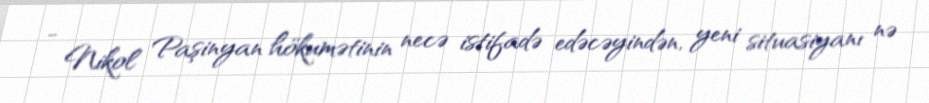
- Nikol Paşinyan hökumətinin necə istifadə edəcəyindən, yeni situasiyanı nə